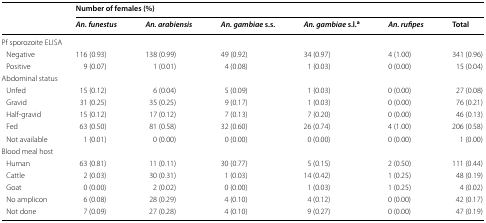
<table><thead><tr><td rowspan="2"></td><td colspan="6"><b>Number of females (%)</b></td></tr><tr><td><b><i>An. funestus</i></b></td><td><b><i>An. arabiensis</i></b></td><td><b><i>An. gambiae</i> s.s.</b></td><td><b><i>An. gambiae</i> s.l.<sup>a</sup></b></td><td><b><i>An. rufipes</i></b></td><td><b>Total</b></td></tr></thead><tbody><tr><td colspan="7">Pf sporozoite ELISA</td></tr><tr><td> Negative</td><td>116 (0.93)</td><td>138 (0.99)</td><td>49 (0.92)</td><td>34 (0.97)</td><td>4 (1.00)</td><td>341 (0.96)</td></tr><tr><td> Positive</td><td>9 (0.07)</td><td>1 (0.01)</td><td>4 (0.08)</td><td>1 (0.03)</td><td>0 (0.00)</td><td>15 (0.04)</td></tr><tr><td colspan="7">Abdominal status</td></tr><tr><td> Unfed</td><td>15 (0.12)</td><td>6 (0.04)</td><td>5 (0.09)</td><td>1 (0.03)</td><td>0 (0.00)</td><td>27 (0.08)</td></tr><tr><td> Gravid</td><td>31 (0.25)</td><td>35 (0.25)</td><td>9 (0.17)</td><td>1 (0.03)</td><td>0 (0.00)</td><td>76 (0.21)</td></tr><tr><td> Half-gravid</td><td>15 (0.12)</td><td>17 (0.12)</td><td>7 (0.13)</td><td>7 (0.20)</td><td>0 (0.00)</td><td>46 (0.13)</td></tr><tr><td> Fed</td><td>63 (0.50)</td><td>81 (0.58)</td><td>32 (0.60)</td><td>26 (0.74)</td><td>4 (1.00)</td><td>206 (0.58)</td></tr><tr><td> Not available</td><td>1 (0.01)</td><td>0 (0.00)</td><td>0 (0.00)</td><td>0 (0.00)</td><td>0 (0.00)</td><td>1 (0.00)</td></tr><tr><td colspan="7">Blood meal host</td></tr><tr><td> Human</td><td>63 (0.81)</td><td>11 (0.11)</td><td>30 (0.77)</td><td>5 (0.15)</td><td>2 (0.50)</td><td>111 (0.44)</td></tr><tr><td> Cattle</td><td>2 (0.03)</td><td>30 (0.31)</td><td>1 (0.03)</td><td>14 (0.42)</td><td>1 (0.25)</td><td>48 (0.19)</td></tr><tr><td> Goat</td><td>0 (0.00)</td><td>2 (0.02)</td><td>0 (0.00)</td><td>1 (0.03)</td><td>1 (0.25)</td><td>4 (0.02)</td></tr><tr><td> No amplicon</td><td>6 (0.08)</td><td>28 (0.29)</td><td>4 (0.10)</td><td>4 (0.12)</td><td>0 (0.00)</td><td>42 (0.17)</td></tr><tr><td> Not done</td><td>7 (0.09)</td><td>27 (0.28)</td><td>4 (0.10)</td><td>9 (0.27)</td><td>0 (0.00)</td><td>47 (0.19)</td></tr></tbody></table>